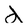
Character: d